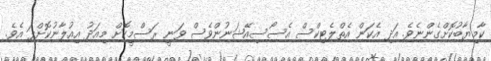
ކާމިޔާބުކޮށްގެންނެވެ. އަދި އެކަން އެތްލެޓިކްސް އެސޯސިއޭޝަނުންވެސް ވަނީ ރަސްމީކޮށް މިއަދު އިއުލާނުކޮށްފަ އެވެ.